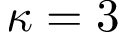
\kappa = 3